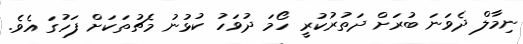
ނިމާލް ދެވަނަ ބުރަށް ދަތުރުކުރީ ހޯމަ ދުވަހު ކުޅުނު މެޗުތަކަށް ފަހުގަ އެވެ.